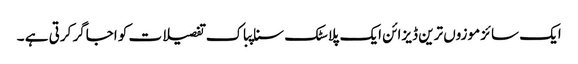
ایک سائز موزوں ترین ڈیزائن ایک پلاسٹک سناپباک تفصیلات کو اجاگر کرتی ہے ۔